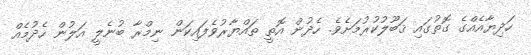
ހަދިޔާއެއްގެ ގޮތުގައި ޤަބޫލުކުރުމަށެވެ. ހެދުން އޮތީ ތައްޔާރުވެފައިކަން ނިމްރާ ބުނެލީ އަލުން ހެދުމެއް